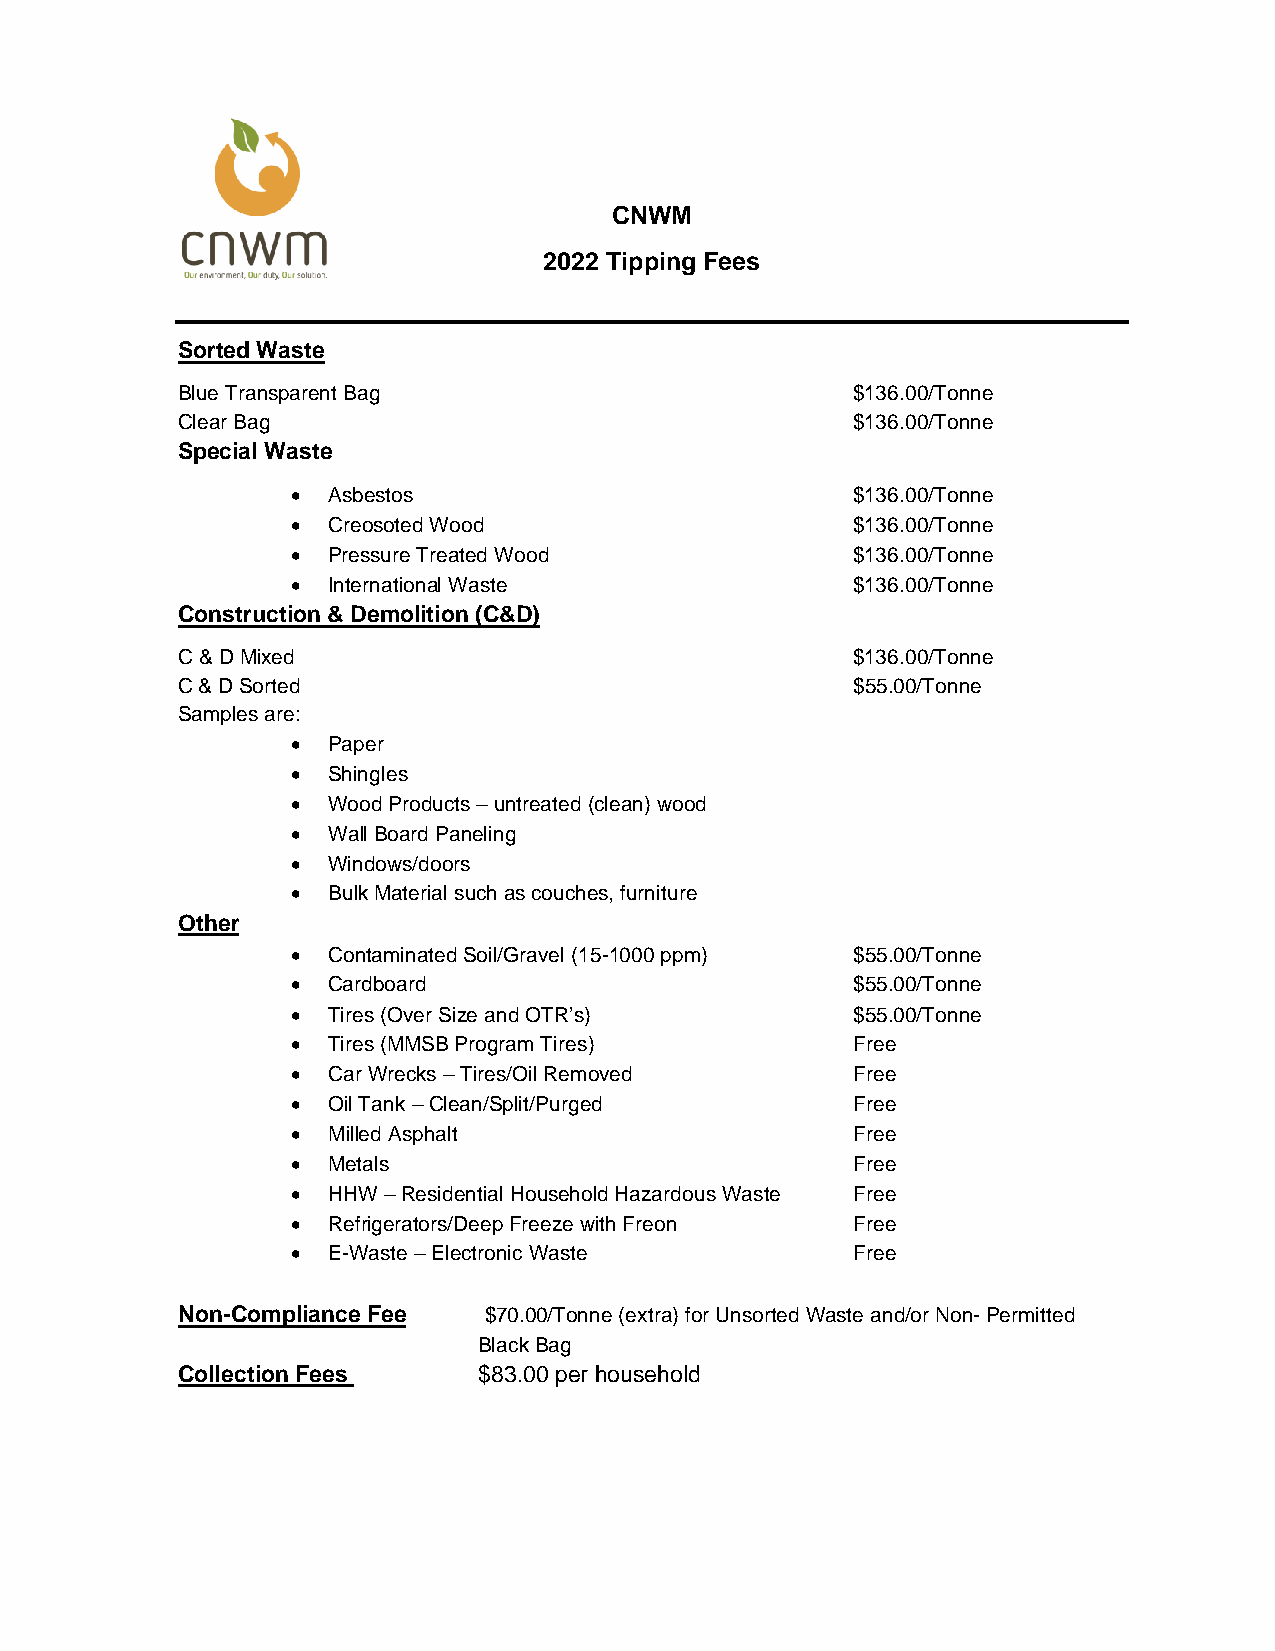
CNWM
 2022 Tipping Fees
 Sorted Waste
 Blue Transparent Bag                         $136.00/Tonne
 Clear Bag                                    $136.00/Tonne
 Special Waste
 •  Asbestos                           $136.00/Tonne
 •  Creosoted Wood                     $136.00/Tonne
 •  Pressure Treated Wood              $136.00/Tonne
 •  International Waste                $136.00/Tonne
 Construction & Demolition (C&D)
 C & D Mixed                                  $136.00/Tonne
 C & D Sorted                                 $55.00/Tonne
 Samples are:
 •  Paper
 •  Shingles
 •  Wood Products – untreated (clean) wood
 •  Wall Board Paneling
 •  Windows/doors
 •  Bulk Material such as couches, furniture
 Other
 •  Contaminated Soil/Gravel (15-1000 ppm) $55.00/Tonne
 •  Cardboard                          $55.00/Tonne
 •  Tires (Over Size and OTR’s)        $55.00/Tonne
 •  Tires (MMSB Program Tires)         Free
 •  Car Wrecks – Tires/Oil Removed     Free
 •  Oil Tank – Clean/Split/Purged      Free
 •  Milled Asphalt                     Free
 •  Metals                             Free
 •  HHW – Residential Household Hazardous Waste Free
 •  Refrigerators/Deep Freeze with Freon Free
 •  E-Waste – Electronic Waste         Free
 Non-Compliance Fee  $70.00/Tonne (extra) for Unsorted Waste and/or Non- Permitted
 Black Bag
 Collection Fees     $83.00 per household